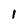
Character: I